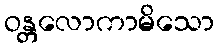
ဝန္တလောကာမိသော